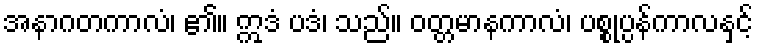
အနာဂတကာလံ၊ ၏။ ဣဒံ ပဒံ၊ သည်။ ဝတ္တမာနကာလံ၊ ပစ္စုပ္ပန်ကာလနှင့်